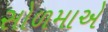
સોળમાએ